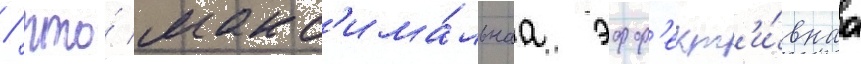
/ что́ макс'има́льнаа эфф'ект'и́внаа